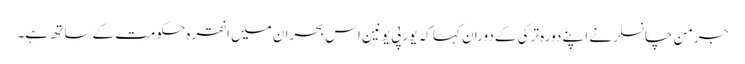
جرمن چانسلر نے اپنے دورہ ترکی کے دوران کہا کہ یورپی یونین اس بحران میں انقرہ حکومت کے ساتھ ہے۔